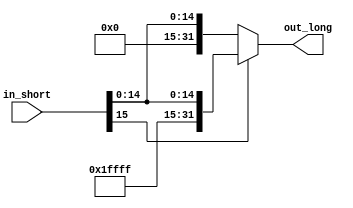
`timescale 1ns / 1ps
//////////////////////////////////////////////////////////////////////////////////
// Company: 
// 
// Design Name:     32 bit Sign Extend
// Module Name:     SEXT 
// Project Name:    MIPS 16 bit Processor
// Target Devices: 
// Tool versions: 
// Description: 
//          Sign Extend 16 bit to 32 bits
//
// Dependencies:    N/A
//
// Revision: 
// Revision 0.01 - File Created
// Additional Comments: 
//
//////////////////////////////////////////////////////////////////////////////////
module SEXT(out_long, in_short);

    output  [31:0]  out_long;
    input   [15:0]  in_short;

    parameter   ONES = 16'hFFFF, ZEROS = 16'h0000;

    assign      out_long = in_short[15] ? {ONES,in_short} : {ZEROS,in_short};

endmodule